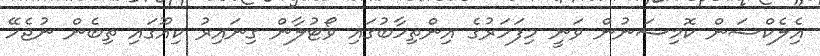
އެިލެކްޝަން ކޮމިޝަނުން ވަނީ މިފަހަރުގެ އިންތިހާބުގައި ވޯޓުލާން ގިނައިރު ކިއޫގައި ތިބެން ނުޖެހޭ